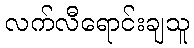
လက်လီရောင်းချသူ